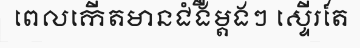
ពេលកើតមានជំងឺម្តងៗ ស្ទើរតែ